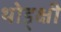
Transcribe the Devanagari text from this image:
थोड्क्षी